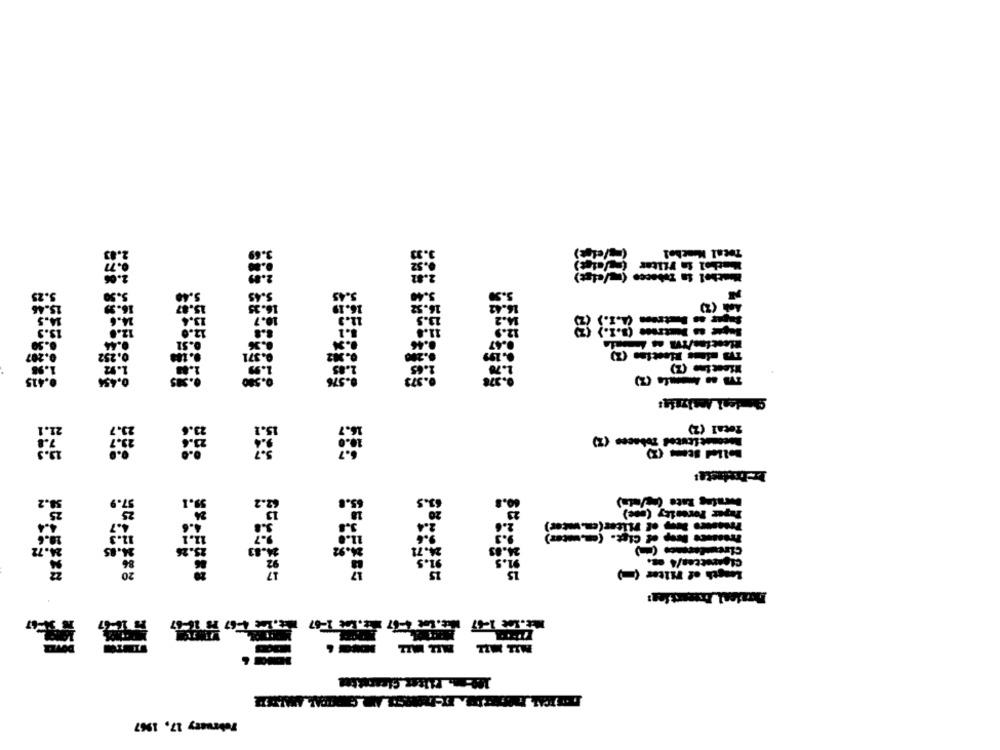
Total Kachel
Whathol ia Filter
2.82
Whathel is Tobecco (mu/sigt)
3.45
3.25
5.9
15.46
15.4
16.19
16.52
Ach (2)
10.7
11.1
14.5
1.6
13.4
lager . letree (a.I.)
13 .
12.0
12.0
0.252
Mest ine (Z)
-415
8.57
Total (2)
Boconstituted Tobacco (2)
58.2
63.5
Paper Porosity (moc)
2.A
12.1
23.36
36.92
21.71
Cigarettes/4 es.
20
17
Length of Tilter (=)
mat. Lot 1-07 mit. Lot 467 1. 100 1-67 1.1 4-67 13 16-07
100- Filter Glosstion
February 17, 1967